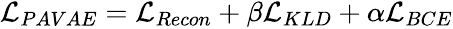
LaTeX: \begin{array}{r}{\mathcal{L}_{PAVAE}=\mathcal{L}_{Recon}+\beta\mathcal{L}_{KLD}+\alpha\mathcal{L}_{BCE}}\end{array}